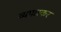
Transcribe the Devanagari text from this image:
व्यपारकर